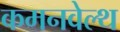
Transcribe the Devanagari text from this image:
कमनवेल्थ